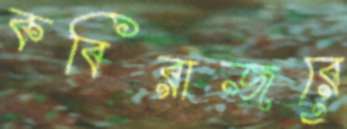
কবিরাজরে